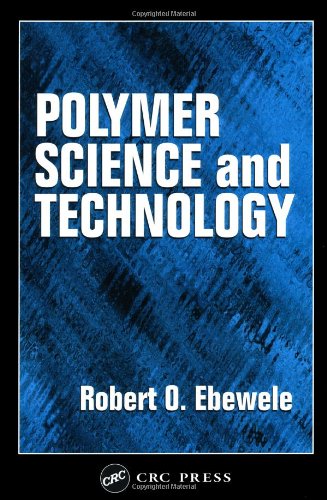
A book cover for Polymer Science and Technology; Robert O. Ebewele; Crafts, Hobbies & Home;